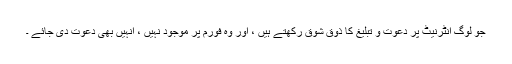
جو لوگ انٹرنیٹ پر دعوت و تبلیغ کا ذوق شوق رکھتے ہیں ، اور وہ فورم پر موجود نہیں ، انہیں بھی دعوت دی جائے ۔